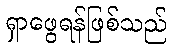
ရှာဖွေရန်ဖြစ်သည်